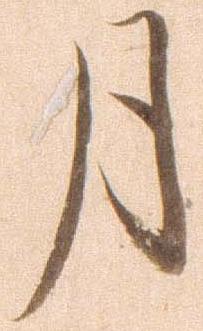
月